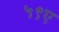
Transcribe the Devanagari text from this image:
५९ए